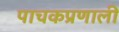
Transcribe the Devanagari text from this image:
पाचकप्रणाली